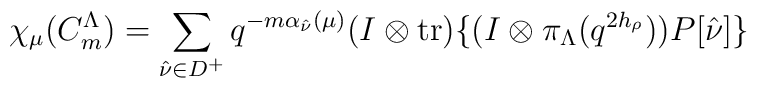
\chi_\mu (C_m^{\Lambda})=\sum_{\hat{\nu}\in D^+}q^{-m\alpha_{\hat{\nu}}(\mu)}(I\otimes{\rm tr})\{(I\otimes\pi_{\Lambda}(q^{2h_\rho}))P[\hat{\nu}]\}